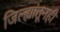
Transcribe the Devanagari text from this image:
जिल्ह्यांतूनही